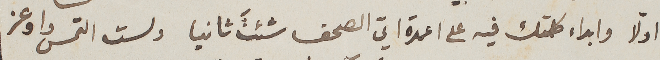
اوّلا وابداء كلمتك فيه على اعمدة ايّ الصحف شئتَ ثانيا ولست التمس واوعز